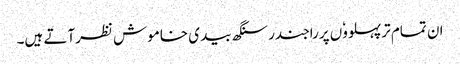
ان تمام ترپہلووٗں پرراجندر سنگھ بیدی خاموش نظرآتے ہیں۔